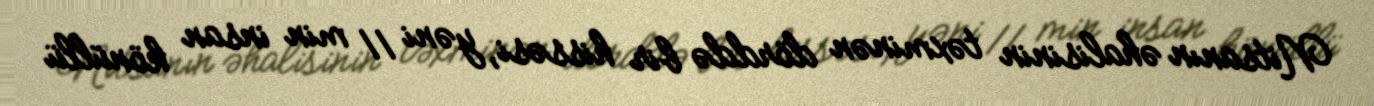
Nitsanın əhalisinin təxminən dörddə bir hissəsi, yəni 11 min insan könüllü